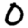
Digit: 0